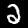
Digit: 2